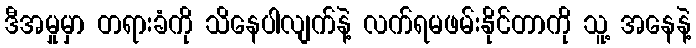
ဒီအမှုမှာ တရားခံကို သိနေပါလျက်နဲ့ လက်ရမဖမ်းနိုင်တာကို သူ့ အနေနဲ့